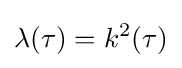
\lambda (\tau )=k^{2}(\tau )